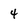
Character: 4